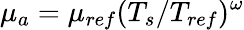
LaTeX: {\mu}_{a}={\mu}_{ref}(T_{s}/T_{ref})^{\omega}